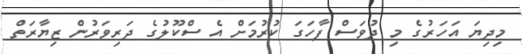
މިދިޔަ އަހަރުގެ މި ދުވަސް ފާހަގަ ކުރުމަށް އެ ސްކޫލުގެ ދަރިވަރުން ޒިޔާރަތް